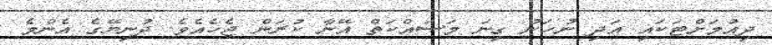
ދިއުމަށްޓަކައި އަދި ނުހަނު ގިނަ މަސައްކަތް އޭނާ ކުރަން ޖެހެއެވެ. ދުނިޔޭގެ އެންމެ